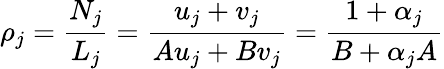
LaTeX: \rho_{j}=\frac{N_{j}}{L_{j}}=\frac{u_{j}+v_{j}}{Au_{j}+Bv_{j}}=\frac{1+\alpha_{j}}{B+\alpha_{j}A}